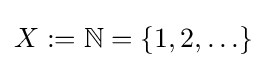
X:=\mathbb {N} =\{1,2,\ldots \}